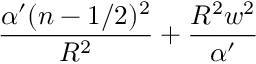
\frac { \alpha ^ { \prime } ( n - 1 / 2 ) ^ { 2 } } { R ^ { 2 } } + \frac { R ^ { 2 } w ^ { 2 } } { \alpha ^ { \prime } }